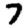
Digit: 7